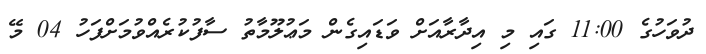
ދުވަހުގެ 11:00 ގައި މި އިދާރާއަށް ވަޑައިގެން މަޢުލޫމާތު ސާފުކުރެއްވުމަށްފަހު 04 މޭ